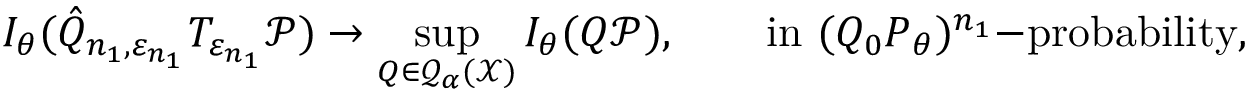
I _ { \theta } ( \hat { Q } _ { n _ { 1 } , \varepsilon _ { n _ { 1 } } } T _ { \varepsilon _ { n _ { 1 } } } { \mathcal P } ) \to \operatorname* { s u p } _ { Q \in \mathcal Q _ { \alpha } ( \mathcal X ) } I _ { \theta } ( Q { \mathcal P } ) , \quad \quad \mathrm { i n ~ } ( Q _ { 0 } P _ { \theta } ) ^ { n _ { 1 } } \mathrm { - p r o b a b i l i t y } ,